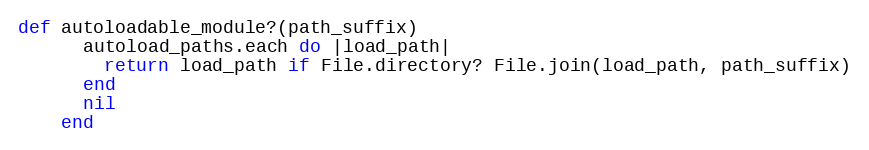
Language: Ruby
def autoloadable_module?(path_suffix)
      autoload_paths.each do |load_path|
        return load_path if File.directory? File.join(load_path, path_suffix)
      end
      nil
    end